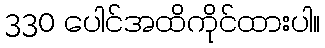
330 ပေါင်အထိကိုင်ထားပါ။